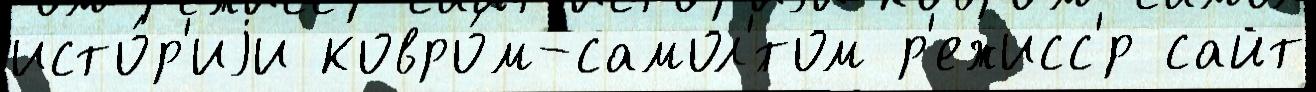
исто́р'иjи ковро́м-самол'́том р'ежисс'́р сайт